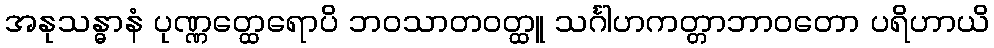
အနုသန္ဓာနံ ပုဏ္ဏတ္ထေရောပိ ဘဝသာတဝတ္ထူ သင်္ဂါဟကတ္တာဘာဝတော ပရိဟာယိ